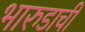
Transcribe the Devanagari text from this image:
भारुडाची